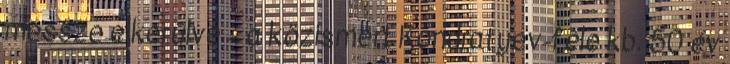
messze elkerülve – a közismert Kondratyev-féle kb. 50 év